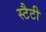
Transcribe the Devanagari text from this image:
स्टैटी